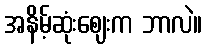
အနိမ့်ဆုံးဈေးက ဘာလဲ။